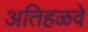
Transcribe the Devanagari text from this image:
अतिहळवे